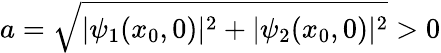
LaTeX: a={\sqrt{|\psi_{1}(x_{0},0)|^{2}+|\psi_{2}(x_{0},0)|^{2}}}>0